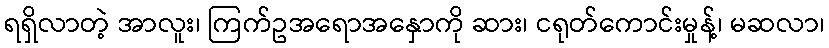
ရရှိလာတဲ့ အာလူး၊ ကြက်ဥအရောအနှောကို ဆား၊ ငရုတ်ကောင်းမှုန့်၊ မဆလာ၊